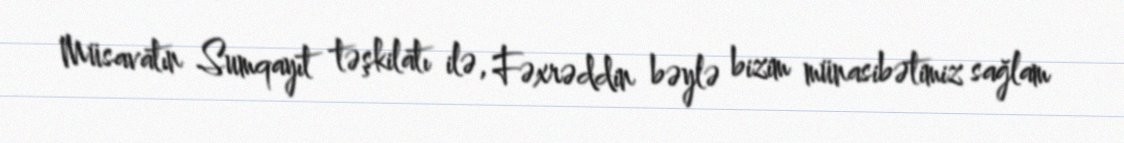
Müsavatın Sumqayıt təşkilatı ilə, Fəxrəddin bəylə bizim münasibətimiz sağlam